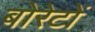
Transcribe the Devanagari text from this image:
बोरेटों